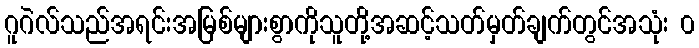
ဂူဂဲလ်သည်အရင်းအမြစ်များစွာကိုသူတို့အဆင့်သတ်မှတ်ချက်တွင်အသုံး ၀